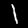
Label: 1